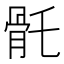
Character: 𩨛